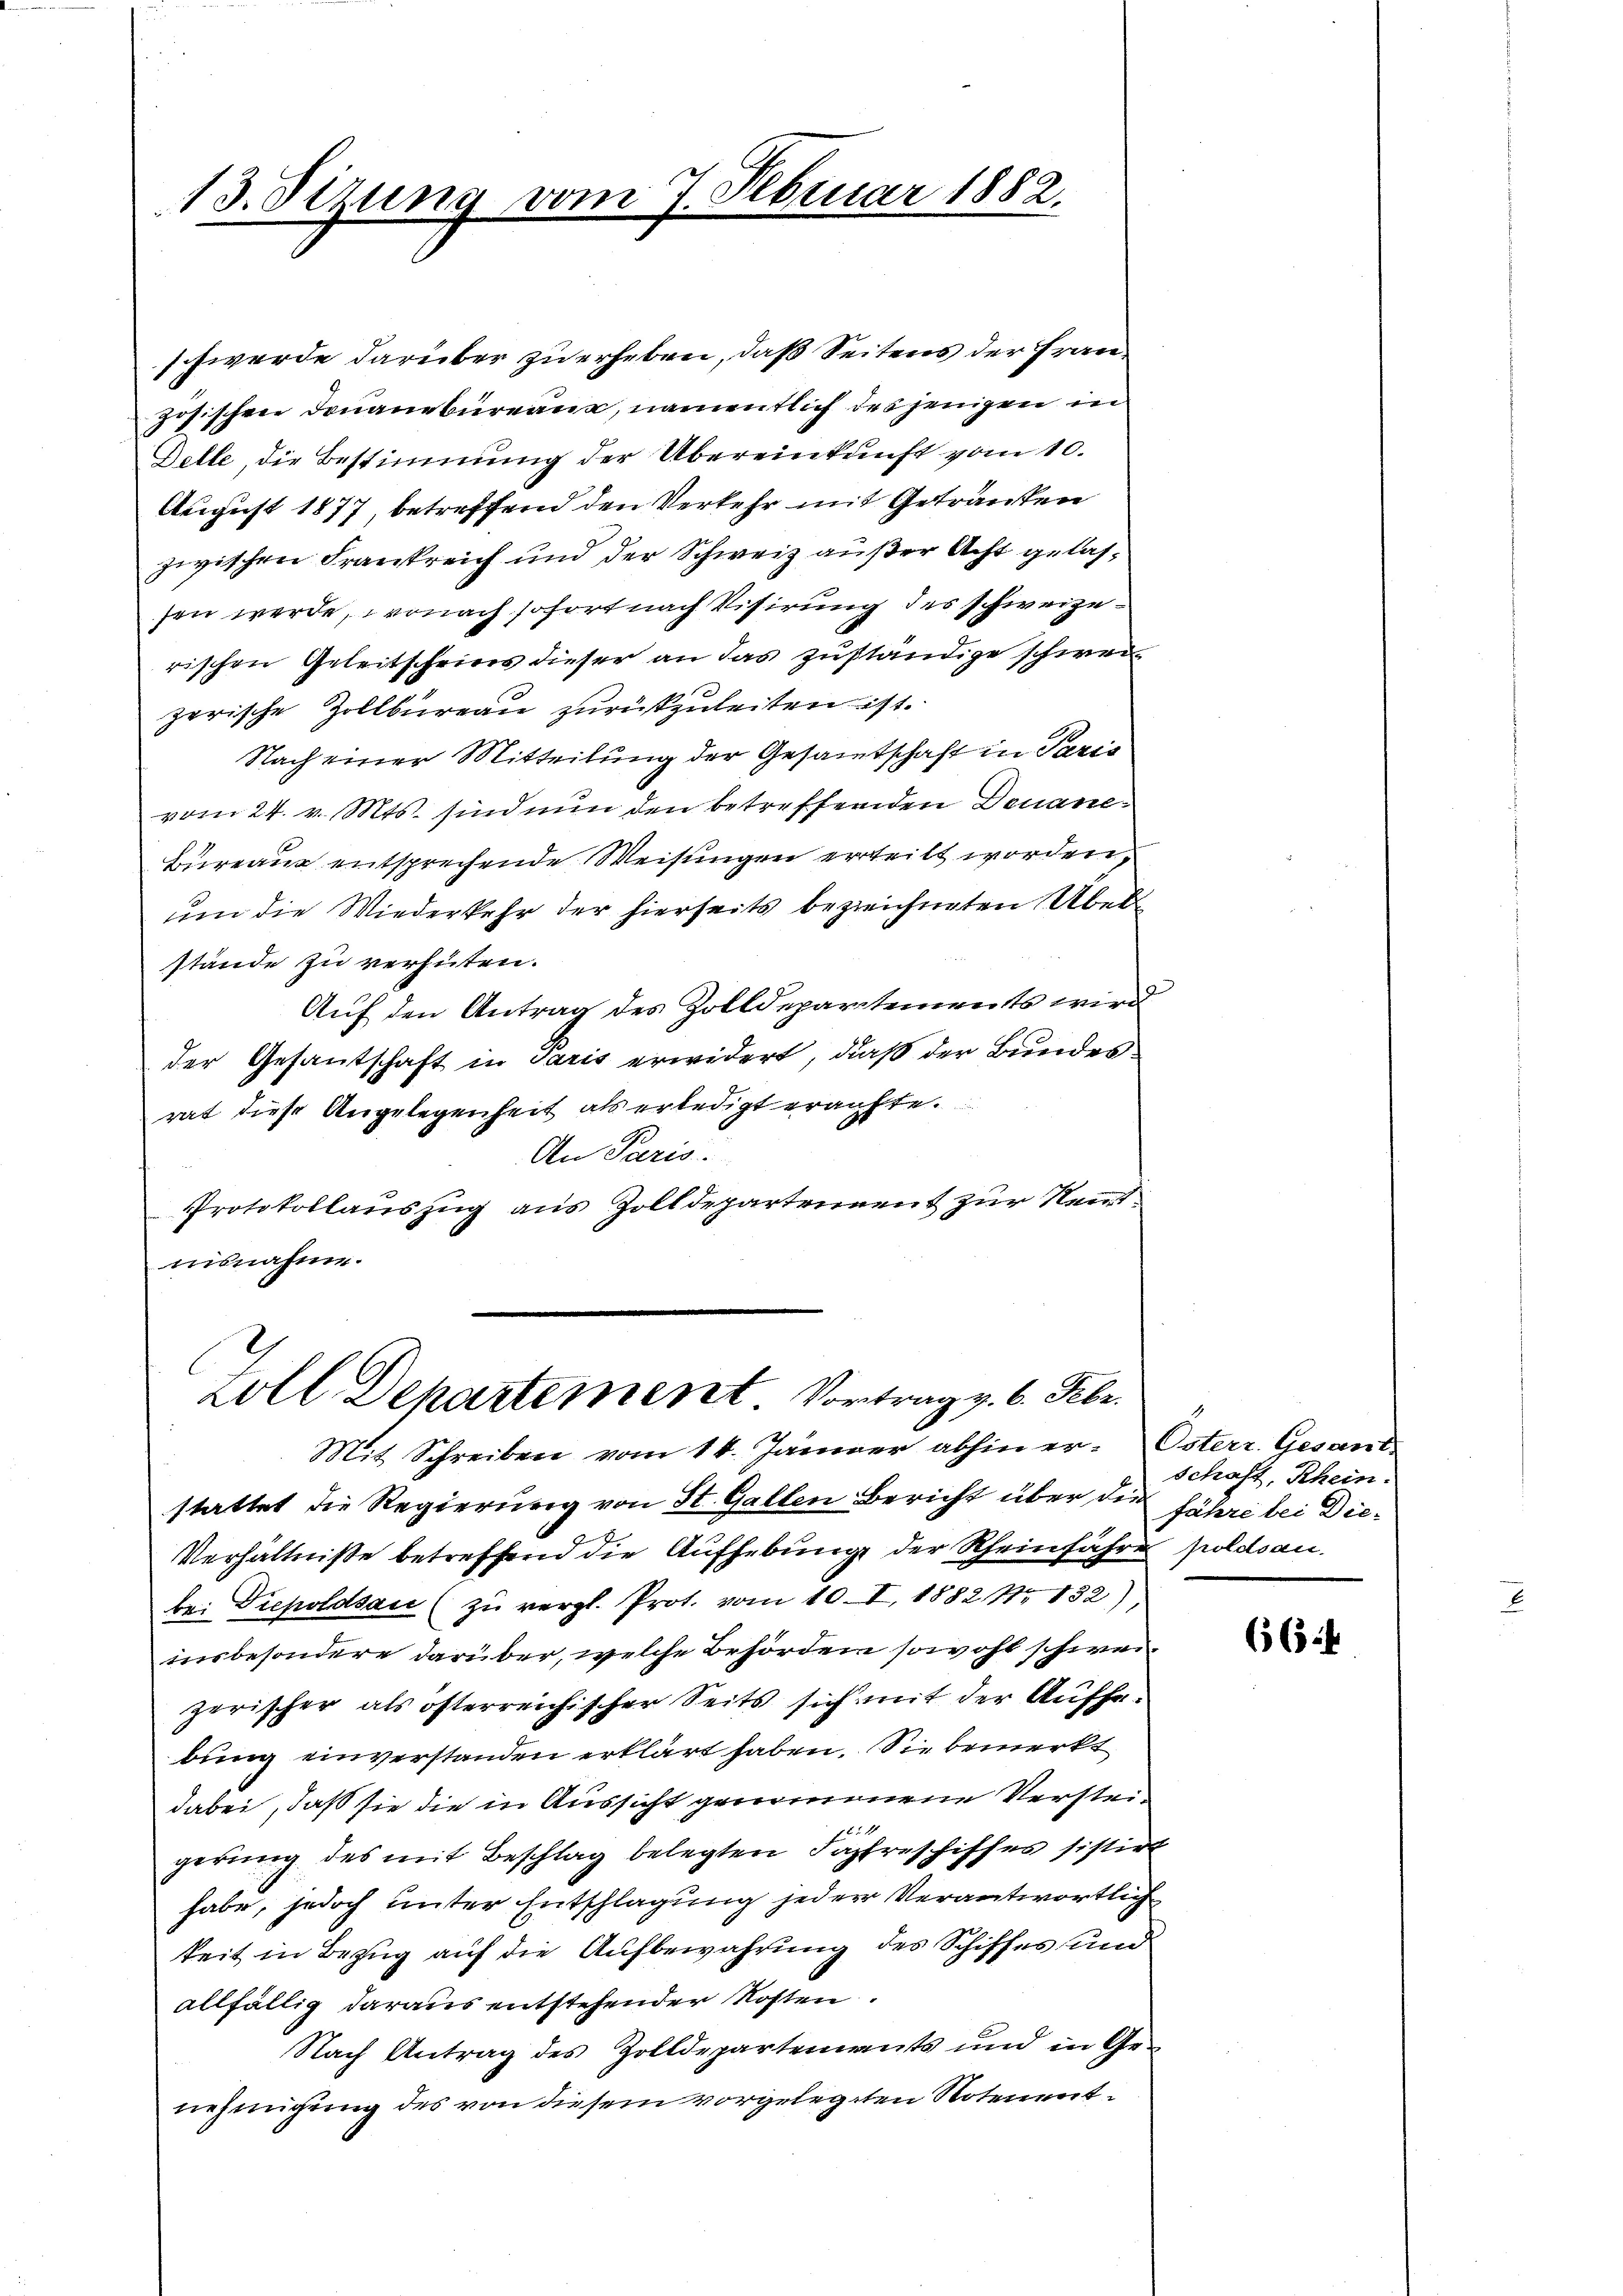
schwerde darüber zu erheben, daß Seitens der Französischen Donanzbüreaux, namentlich desjenigen in
Delle, die Bestimmung der Übereinkunft vom 10.
August 1877, betreffend den Verkehr mit Getränken
zwischen Frankreich und der Schweiz außer Acht gelassen werde, wonach sofort nach Visirung des schweizerischen Geleitscheins dieser an das zuständige schweizerische Zollbüreau zurückzuleiten ist.
Nach einer Mitteilung der Gesammtschaft in Paris
vom 24. v. Mts. sind nun den betreffenden Deuane-
Bureaux entsprechende Weisungen erteilt worden,
um die Wiederkehr der hierseits bezeichneten Überstände zu verhüten.
Auf den Antrag des Zolldepartements wird
der Gesantschaft in Paris erwidert, daß der Bundes
rat diese Angelegenheit als erledigt erachte.
An Paris.
Protokollauszug aus Zolldepartement zur Neutmisnahm.

13. Sitzung vom 7. Februar 1882.

Zoll Departement. Vortrag v. 6. Febr.

Mit Schreiben vom 14. Jänner abhin er-Österr. Gesand
stattet die Regierung von St. Gallen Bericht über die Fähre bei Die¬
Verhältniße betreffend die Aufhebung der Rheinfahres poldsau
be: Diepoldsau (zu vergl. Prot. vom 10. I. 1882 No 132)
insbesondere darüber, welche Behörden sowohl schweizerischer als österreichischer Seits sich mit der Aufhebung einverstanden erklärt haben. Sie bemerkt
dabei, daß sie die in Aussicht genommene Versteigerung des mit Beschlag belegten Fahreschiffes sistirt
habe, jedoch unter Entschlagung jeder Verantwortlich
keit in Bezug auf die Aufbewahrung des Schiffes und
allfällig daraus entstehender Kosten.
Nach Antrag des Zolldepartements und in Ge-
nehmigung des von diesem vorgelegten Notenent¬

schaft, Rhein.

66.4